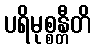
ပရိမုစ္စန္တီတိ